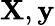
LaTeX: \mathbf{X},\mathbf{y}